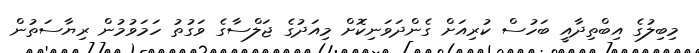
މިބިލުގެ އިބްތިދާއީ ބަހުސް ކުރިއަށް ގެންދަވަނިކޮށް މިއަދުގެ ޖަލްސާގެ ވަގުތު ހަމަވުމުން ރިޔާސަތުން